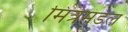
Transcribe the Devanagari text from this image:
मित्रमंडल